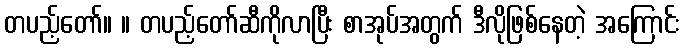
တပည့်တော်။ ။ တပည့်တော်ဆီကိုလာပြီး စာအုပ်အတွက် ဒီလိုဖြစ်နေတဲ့ အကြောင်း